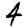
Digit: 4